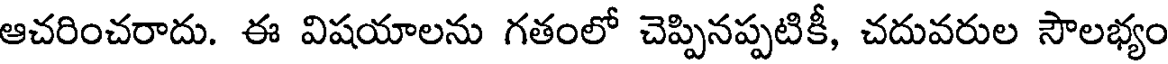
ఆచరించరాదు. ఈ విషయాలను గతంలో చెప్పినప్పటికీ, చదువరుల సౌలభ్యం